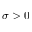
\sigma > 0